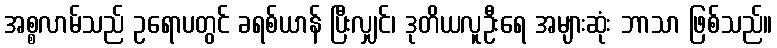
အစ္စလာမ်သည် ဥရောပတွင် ခရစ်ယာန် ပြီးလျှင်၊ ဒုတိယလူဦးရေ အများဆုံး ဘာသာ ဖြစ်သည်။